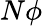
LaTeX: N\phi